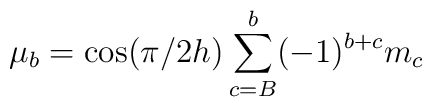
\mu_b = \cos(\pi/2h)\sum_{c=B}^b(-1)^{b+c}m_c